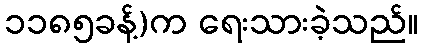
၁၁၈၅ခန့်)က ရေးသားခဲ့သည်။